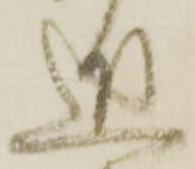
近